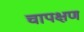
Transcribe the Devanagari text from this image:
चापक्षण